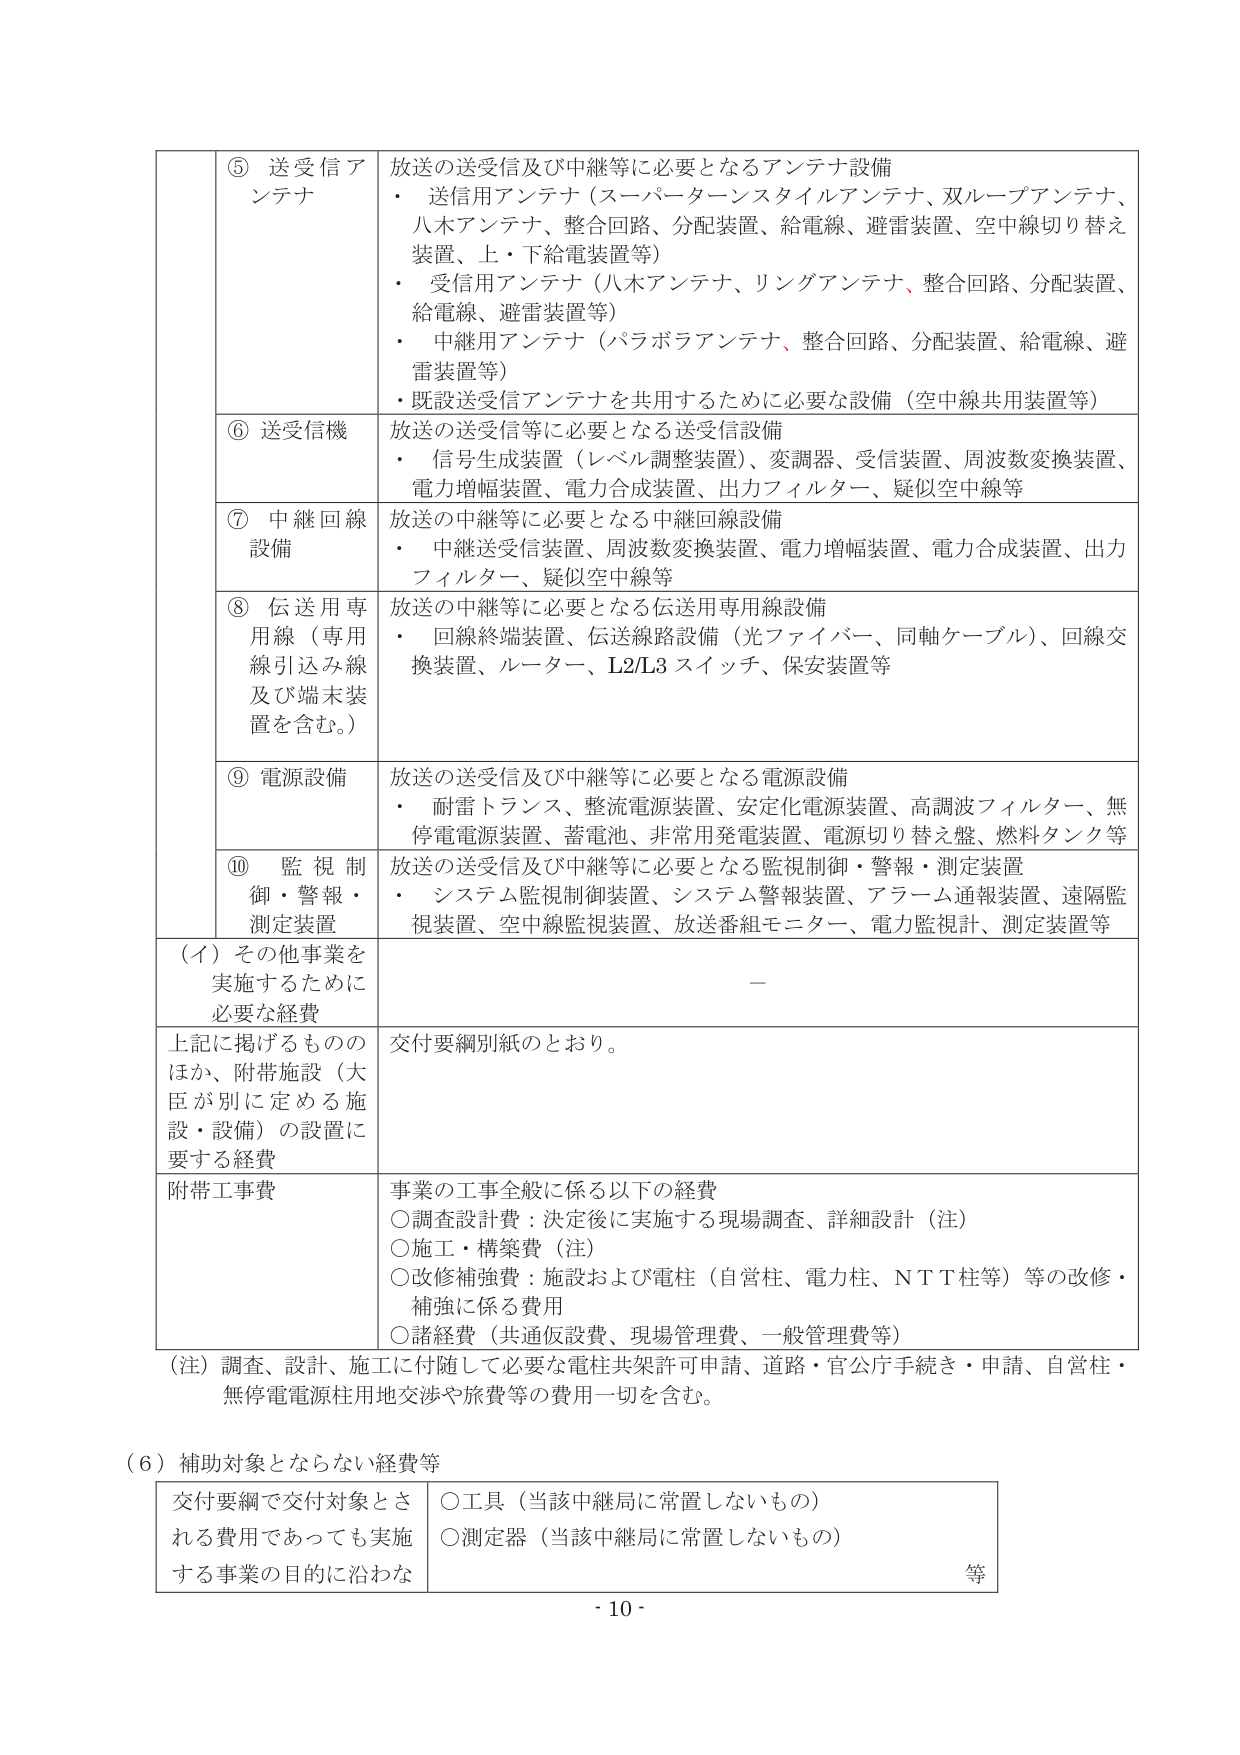
⑤ 送受信アンテナ
放送の送受信及び中継等に必要となるアンテナ設備
・ 送信用アンテナ（スーパーターンスタイルアンテナ、双ループアンテナ、八木アンテナ、整合回路、分配装置、給電線、避雷装置、空中線切り替え装置、上・下給電装置等）
・ 受信用アンテナ（八木アンテナ、リングアンテナ、整合回路、分配装置、給電線、避雷装置等）
・ 中継用アンテナ（パラボラアンテナ、整合回路、分配装置、給電線、避雷装置等）
・ 既設送受信アンテナを共用するために必要な設備（空中線共用装置等）

⑥ 送受信機
放送の送受信等に必要となる送受信設備
・ 信号生成装置（レベル調整装置）、変調器、受信装置、周波数変換装置、電力増幅装置、電力合成装置、出力フィルター、疑似空中線等

⑦ 中継回線設備
放送の中継等に必要となる中継回線設備
・ 中継送受信装置、周波数変換装置、電力増幅装置、電力合成装置、出力フィルター、疑似空中線等

⑧ 伝送用専用線（専用線引込み線及び端末装置を含む。）
放送の中継等に必要となる伝送用専用線設備
・ 回線終端装置、伝送線路設備（光ファイバー、同軸ケーブル）、回線交換装置、ルーター、L2/L3 スイッチ、保安装置等

⑨ 電源設備
放送の送受信及び中継等に必要となる電源設備
・ 耐雷トランス、整流電源装置、安定化電源装置、高調波フィルター、無停電電源装置、蓄電池、非常用発電装置、電源切り替え盤、燃料タンク等

⑩ 監視制御・警報・測定装置
放送の送受信及び中継等に必要となる監視制御・警報・測定装置
・ システム監視制御装置、システム警報装置、アラーム通報装置、遠隔監視装置、空中線監視装置、放送番組モニター、電力監視計、測定装置等

（イ）その他事業を実施するために必要な経費
－

上記に掲げるもののほか、附帯施設（大臣が別に定める施設・設備）の設置に要する経費
交付要綱別紙のとおり。

附帯工事費
事業の工事全般に係る以下の経費
○調査設計費：決定後に実施する現場調査、詳細設計（注）
○施工・構築費（注）
○改修補強費：施設および電柱（自営柱、電力柱、ＮＴＴ柱等）等の改修・補強に係る費用
○諸経費（共通仮設費、現場管理費、一般管理費等）

（注）調査、設計、施工に付随して必要な電柱共架許可申請、道路・官公庁手続き・申請、自営柱・無停電電源柱用地交渉や旅費等の費用一切を含む。

（６）補助対象とならない経費等
交付要綱で交付対象とされる費用であっても実施する事業の目的に沿わな
○工具（当該中継局に常置しないもの）
○測定器（当該中継局に常置しないもの）
等

- 10 -